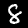
Digit: 8